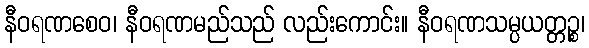
နီဝရဏစေဝ၊ နီဝရဏမည်သည် လည်းကောင်း။ နီဝရဏသမ္ပယတ္တဉ္စ၊